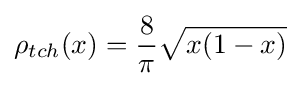
\rho _{tch}(x)={\frac {8}{\pi }}{\sqrt {x(1-x)}}